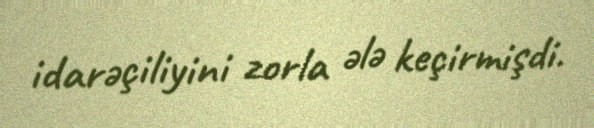
idarəçiliyini zorla ələ keçirmişdi.